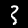
Digit: 3